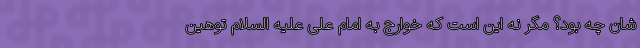
شان چه بود؟ مگر نه این است که خوارج به امام علی علیه السلام توهین